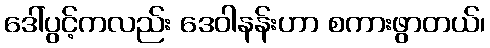
ဒေါ်ပွင့်ကလည်း ဒေဝါနန်းဟာ စကားဖွာတယ်၊